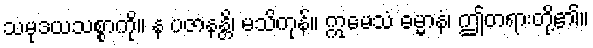
သမုဒယသစ္စာကို။ န ပဇာနန္တိ၊ မသိကုန်။ ဣမေသံ ဓမ္မာနံ၊ ဤတရားတို့၏။